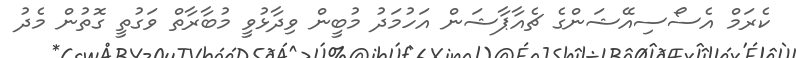
ކެރަމް އެސޯސިއޭޝަންގެ ޗެއާޕާޝަން އަހުމަދު މުބީން ވިދާޅުވީ މުބާރާތް ވަގުތީ ގޮތުން މެދު